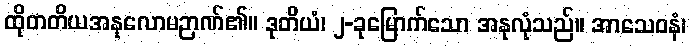
ထိုတတိယအနုလောမဉာဏ်၏။ ဒုတိယံ၊ ၂-ခုမြောက်သော အနုလုံသည်။ အာသေဝနံ၊